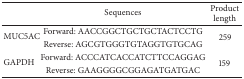
<table><thead><tr><td><b> </b></td><td><b>Sequences</b></td><td><b>Product length</b></td></tr></thead><tbody><tr><td rowspan="2">MUC5AC</td><td>Forward: AACCGGCTGCTGCTACTCCTG</td><td rowspan="2">259</td></tr><tr><td>Reverse: AGCGTGGGTGTAGGTGTGCAG</td></tr><tr><td rowspan="2">GAPDH</td><td>Forward: ACCCATCACCATCTTCCAGGAG</td><td rowspan="2">159</td></tr><tr><td>Reverse: GAAGGGGCGGAGATGATGAC</td></tr></tbody></table>